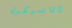
كلاسيكية